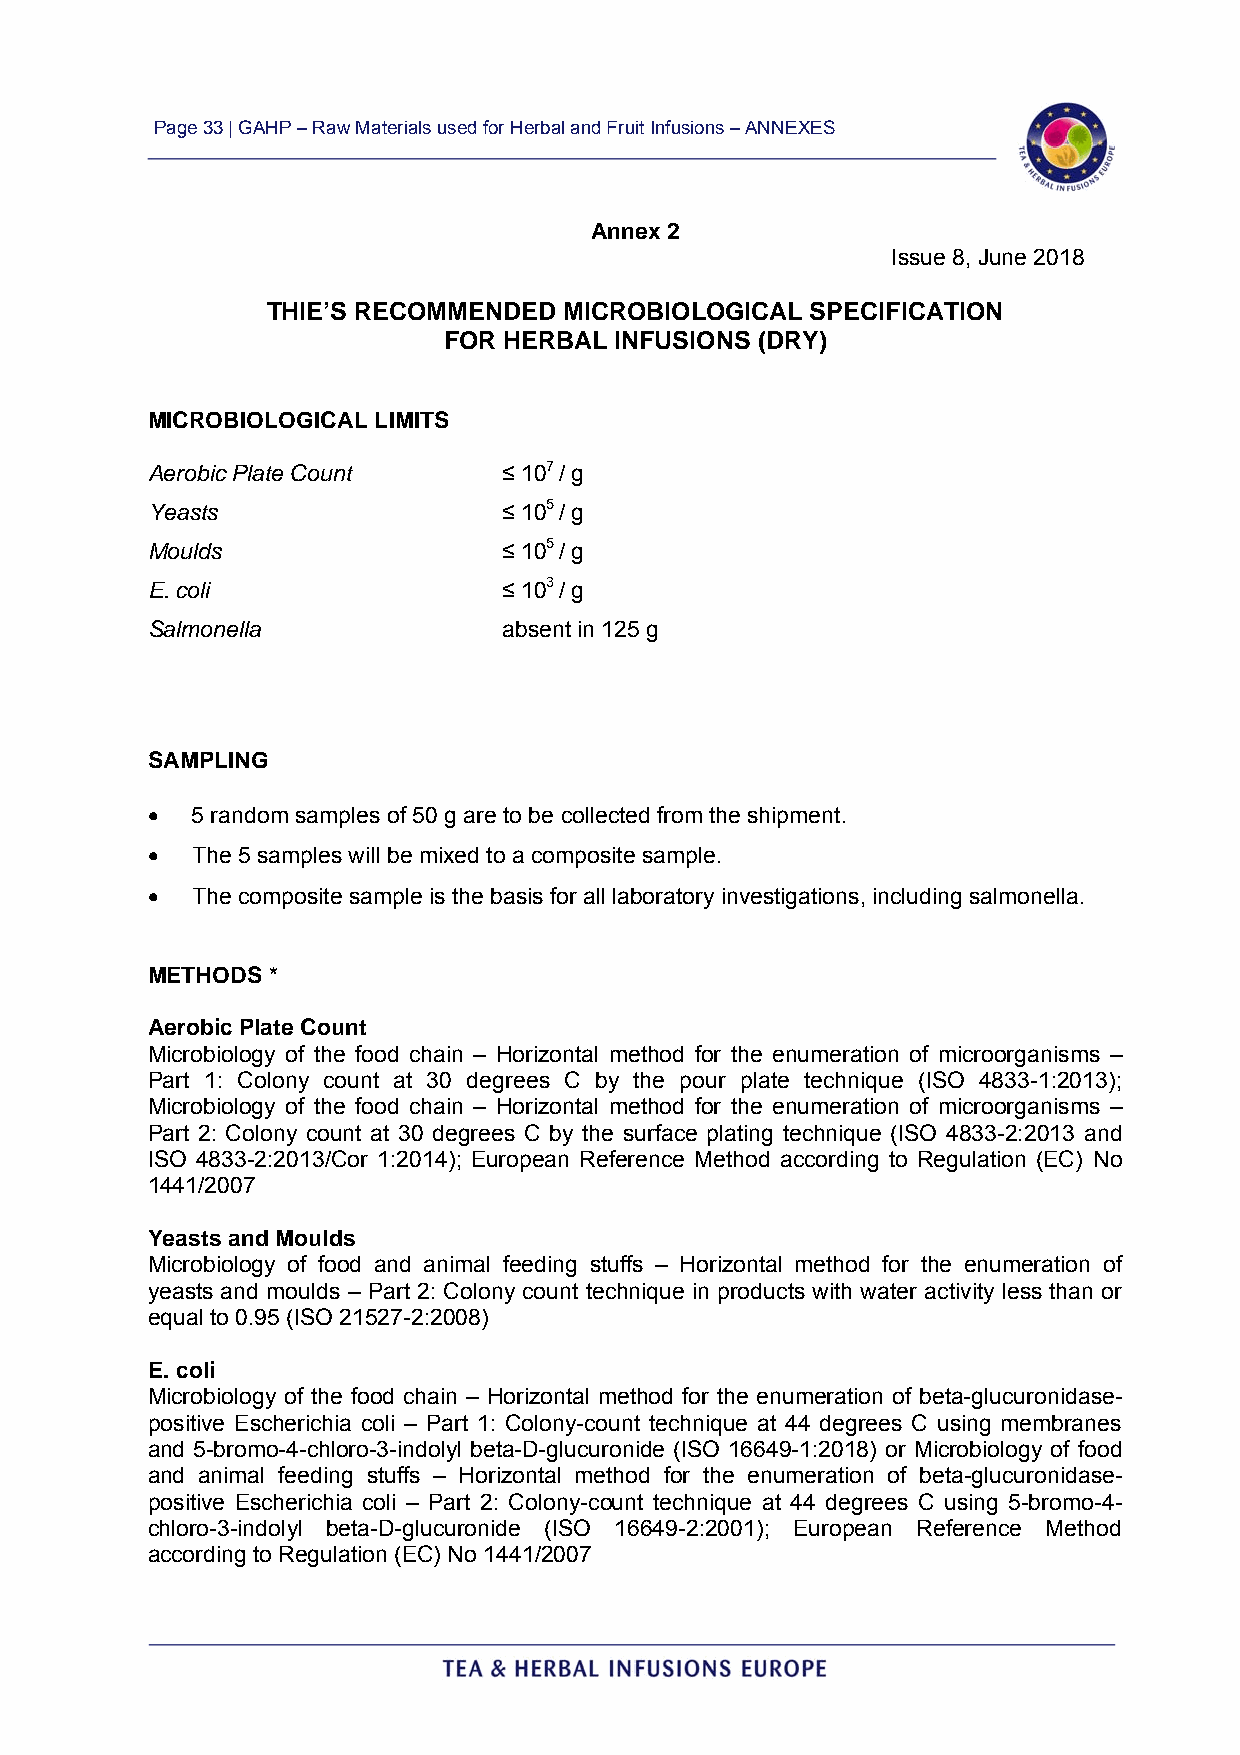
Page 33 | GAHP – Raw Materials used for Herbal and Fruit Infusions – ANNEXES
 Annex 2
 Issue 8, June 2018
 THIE’S RECOMMENDED MICROBIOLOGICAL  SPECIFICATION
 FOR HERBAL  INFUSIONS (DRY)
 MICROBIOLOGICAL LIMITS
 Aerobic Plate Count    ≤ 107 / g
 Yeasts                 ≤ 105 / g
 Moulds                 ≤ 105 / g
 E. coli                ≤ 103 / g
 Salmonella             absent in 125 g
 SAMPLING
   5 random samples of 50 g are to be collected from the shipment.
   The 5 samples will be mixed to a composite sample.
   The composite sample is the basis for all laboratory investigations, including salmonella.
 METHODS *
 Aerobic Plate Count
 Microbiology of the food chain – Horizontal method for the enumeration of microorganisms –
 Part 1: Colony count at 30 degrees C by the pour plate technique (ISO 4833-1:2013);
 Microbiology of the food chain – Horizontal method for the enumeration of microorganisms –
 Part 2: Colony count at 30 degrees C by the surface plating technique (ISO 4833-2:2013 and
 ISO 4833-2:2013/Cor 1:2014); European Reference Method according to Regulation (EC) No
 1441/2007
 Yeasts and Moulds
 Microbiology of food and animal feeding stuffs – Horizontal method for the enumeration of
 yeasts and moulds – Part 2: Colony count technique in products with water activity less than or
 equal to 0.95 (ISO 21527-2:2008)
 E. coli
 Microbiology of the food chain – Horizontal method for the enumeration of beta-glucuronidase-
 positive Escherichia coli – Part 1: Colony-count technique at 44 degrees C using membranes
 and 5-bromo-4-chloro-3-indolyl beta-D-glucuronide (ISO 16649-1:2018) or Microbiology of food
 and animal feeding stuffs – Horizontal method for the enumeration of beta-glucuronidase-
 positive Escherichia coli – Part 2: Colony-count technique at 44 degrees C using 5-bromo-4-
 chloro-3-indolyl beta-D-glucuronide (ISO 16649-2:2001); European Reference Method
 according to Regulation (EC) No 1441/2007